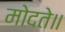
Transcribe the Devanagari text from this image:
मोदते॥